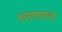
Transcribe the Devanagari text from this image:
शरणगत